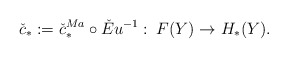
\begin{align*}\check{c}_{*}:=\check{c}^{Ma}_{*}\circ \check{E}u^{-1}:\: F(Y)\to H_{*}(Y).\end{align*}